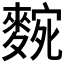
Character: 𮭼